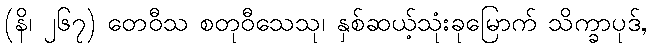
(နိ၊ ၂၆၇) တေဝီသ စတုဝီသေသု၊ နှစ်ဆယ့်သုံးခုမြောက် သိက္ခာပုဒ်,